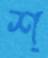
শ্